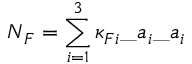
\= N _ { \/ F } = \sum _ { i = 1 } ^ { 3 } \kappa _ { { \/ F } i } \_ a _ { i } \_ a _ { i }